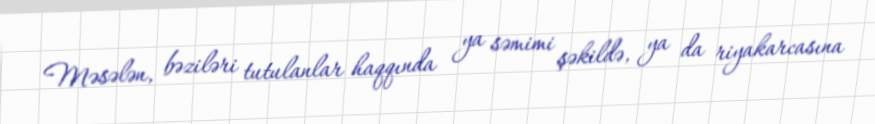
Məsələn, bəziləri tutulanlar haqqında ya səmimi şəkildə, ya da riyakarcasına